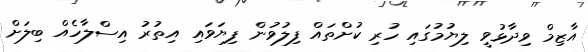
އާޒިމް ވިދާޅުވީ ލިޔުމުގައި ހުރި ކުށްތައް ފިލުވުން ފިޔަވައި އިތުރު އިސްލާހެއް ބިލަށް